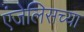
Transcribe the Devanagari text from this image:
एंजेलिसच्या